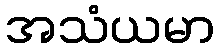
အသံယမာ